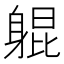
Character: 𬧨